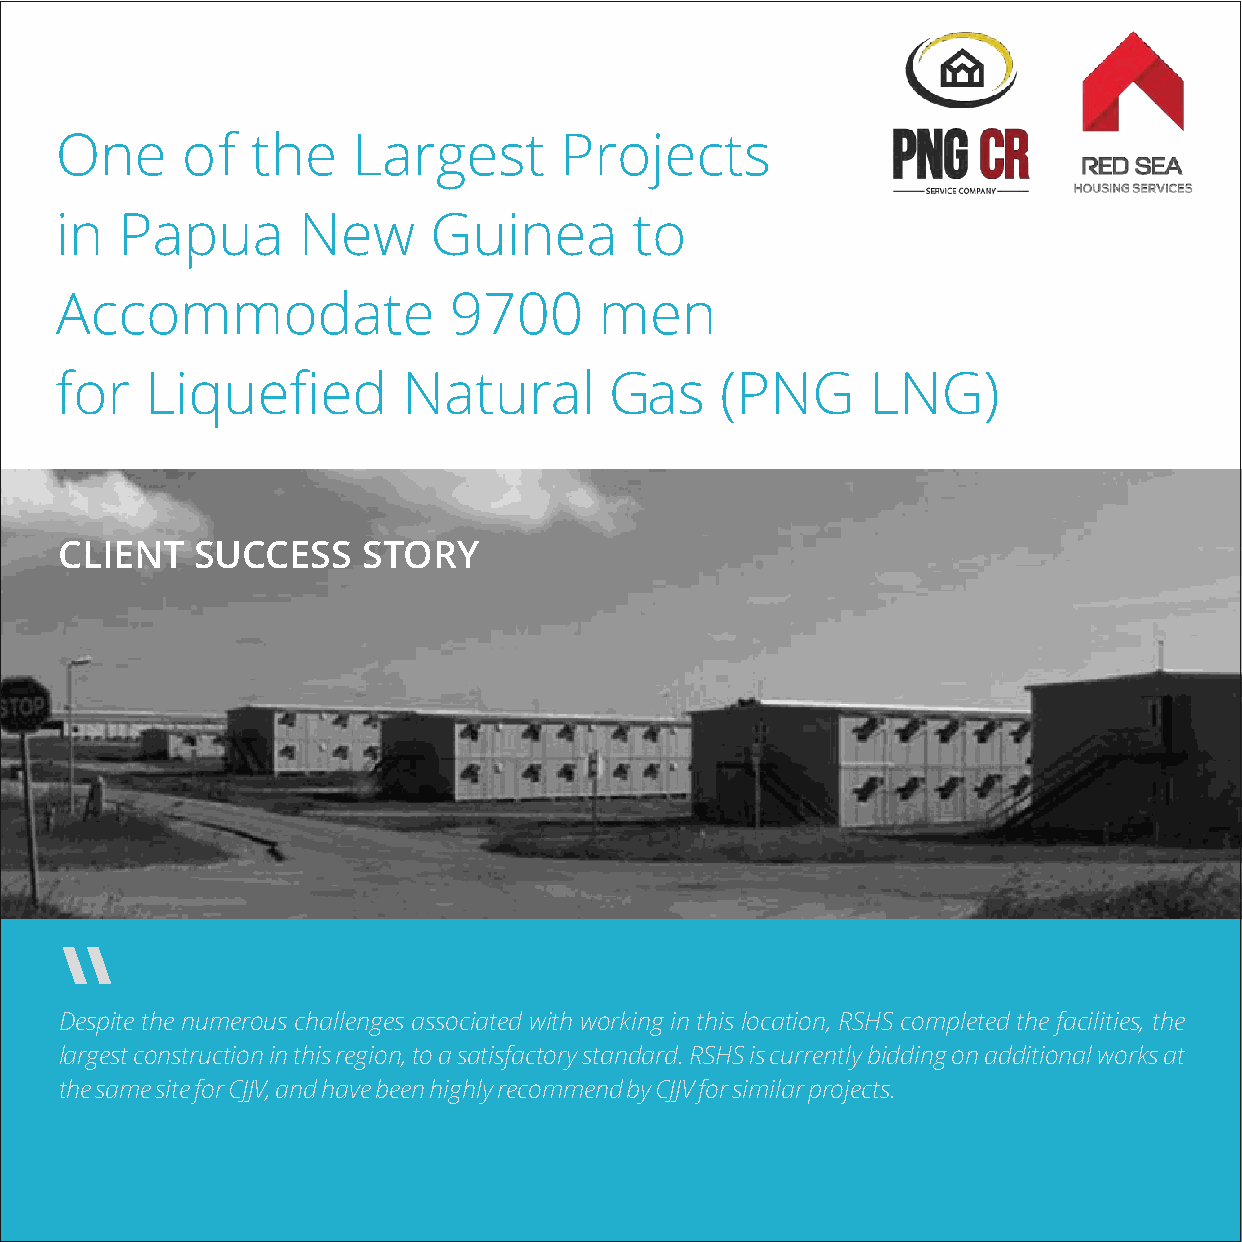
One     of   the   Largest       Projects
 in  Papua       New     Guinea        to
 Accommodate               9700      men
 for   Liquefied        Natural      Gas     (PNG      LNG)
 CLIENT   SUCCESS    STORY
 Despite the numerous challenges associated with working in this location, RSHS completed the facilities, the
 largest construction in this region, to a satisfactory standard. RSHS is currently bidding on additional works at
 the same site for CJJV, and have been highly recommend by CJJV for similar projects.